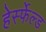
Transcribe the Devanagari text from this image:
हेर्स्फेल्ड